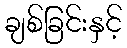
ချစ်ခြင်းနှင့်